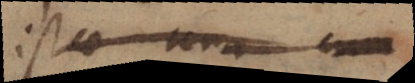
istae una cum